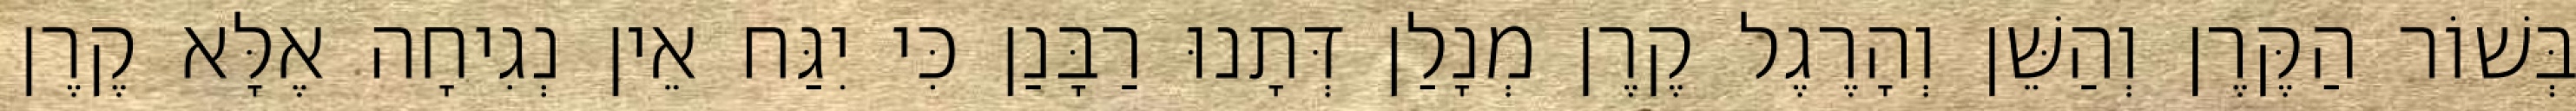
בְּשׁוֹר הַקֶּרֶן וְהַשֵּׁן וְהָרֶגֶל קֶרֶן מְנָלַן דְּתָנוּ רַבָּנַן כִּי יִגַּח אֵין נְגִיחָה אֶלָּא קֶרֶן